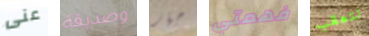
عنى وصديقة جهاز فهمتي تتعقب